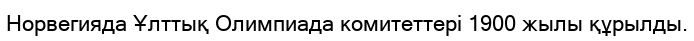
Норвегияда Ұлттық Олимпиада комитеттері 1900 жылы құрылды.